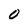
Character: 0